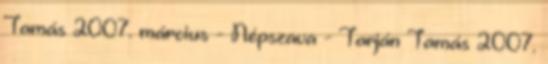
Tamás 2007. március - Népszava - Tarján Tamás 2007.